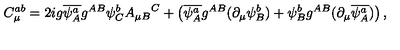
C _ { \mu } ^ { a b } = 2 i g \overline { { \psi _ { A } ^ { a } } } g ^ { A B } \psi _ { C } ^ { b } { A _ { \mu B } } ^ { C } + \left( \overline { { \psi _ { A } ^ { a } } } g ^ { A B } ( \partial _ { \mu } \psi _ { B } ^ { b } ) + \psi _ { B } ^ { b } g ^ { A B } ( \partial _ { \mu } \overline { { \psi _ { A } ^ { a } } } ) \right) ,